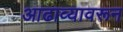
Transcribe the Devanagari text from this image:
आढाव्यावरून